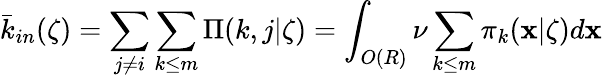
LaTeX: \bar{k}_{in}(\zeta)=\sum_{j\neq i}\sum_{k\leq m}\Pi(k,j|\zeta)=\int_{O(R)}\nu\sum_{k\leq m}\pi_{k}(\mathbf x|\zeta)d\mathbf x